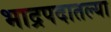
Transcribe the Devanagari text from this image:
भाद्रपदातल्या